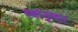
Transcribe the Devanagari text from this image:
स्थानुसार